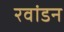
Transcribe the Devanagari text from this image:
रवांडन